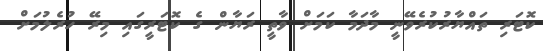
ކޮޓަރި ތައްޔާރުކުރެވޭނީ މާދަމާ ކަމަށް ވާތީ ރަޔާން ގެ ކޮޓަރީގައި މިރޭ ހުރެލުމަށް